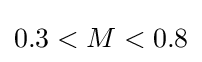
0.3<M<0.8